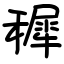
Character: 穉